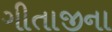
ગીતાજીના